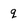
Character: q